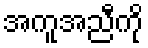
အကူအညီကို